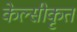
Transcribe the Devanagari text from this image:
केल्सीकृत